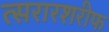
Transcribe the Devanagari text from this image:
त्सरारशरीफ